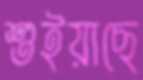
শুইয়াছে